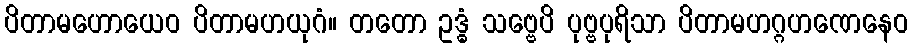
ပိတာမဟောယေဝ ပိတာမဟယုဂံ။ တတော ဥဒ္ဓံ သဗ္ဗေပိ ပုဗ္ဗပုရိသာ ပိတာမဟဂ္ဂဟဏေနေဝ